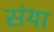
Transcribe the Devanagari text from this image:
संया